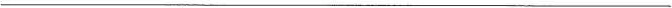
___